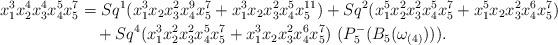
LaTeX: \begin{align*} x_1^3x_2^{4}x_3^{4}x_4^{5}x_5^{7} &= Sq^1(x_1^3x_2x_3^{2}x_4^{9}x_5^{7} + x_1^3x_2x_3^{2}x_4^{5}x_5^{11}) + Sq^2(x_1^5x_2^{2}x_3^{2}x_4^{5}x_5^{7} + x_1^5x_2x_3^{2}x_4^{6}x_5^{7})\\ &\quad+ Sq^4(x_1^3x_2^{2}x_3^{2}x_4^{5}x_5^{7} + x_1^3x_2x_3^{2}x_4^{6}x_5^{7}) \ (P_5^-(B_5(\omega_{(4)}))).\end{align*}